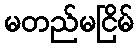
မတည်မငြိမ်